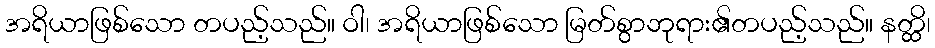
အရိယာဖြစ်သော တပည့်သည်။ ဝါ၊ အရိယာဖြစ်သော မြတ်စွာဘုရား၏တပည့်သည်။ နတ္ထိ၊